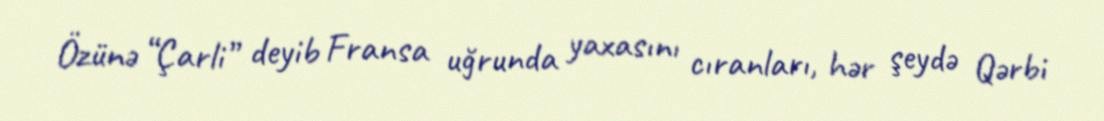
Özünə “Çarli” deyib Fransa uğrunda yaxasını cıranları, hər şeydə Qərbi